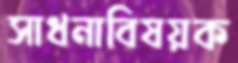
সাধনাবিষয়ক